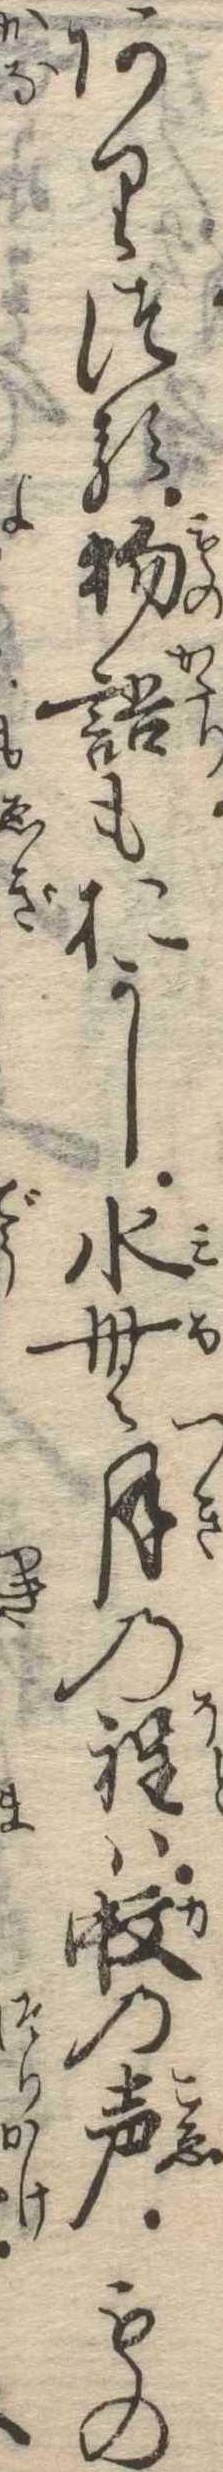
ありつる物語もおかし水無月の程は蚊の声もの